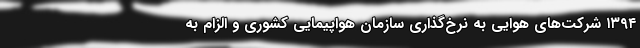
۱۳۹۴ شرکت‌های هوایی به نرخ‌گذاری سازمان هواپیمایی کشوری و الزام به